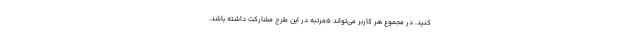
کنید. در مجموع هر کاربر می‌تواند ۵مرتبه در این طرح مشارکت داشته باشد.